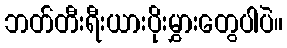
ဘတ်တီးရီးယားပိုးမွှားတွေပါပဲ။